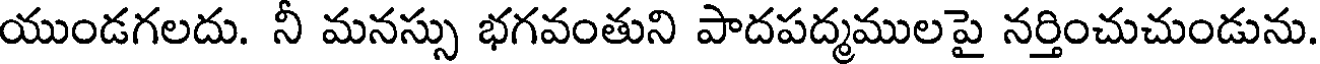
యుండగలదు. నీ మనస్సు భగవంతుని పాదపద్మములపై నర్తించుచుండును